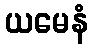
ယမေနံ